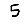
Digit: 5